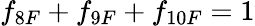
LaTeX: f_{8F}+f_{9F}+f_{10F}=1